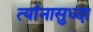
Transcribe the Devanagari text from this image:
त्यांनासुध्दा